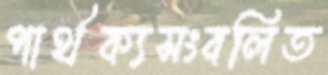
পার্থক্যসংবলিত